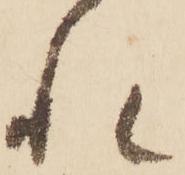
れ